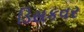
ડિસકવર